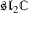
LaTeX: { \mathfrak { s l } } _ { 2 } \mathbb { C }